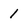
Character: 1